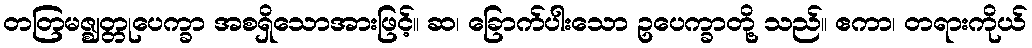
တတြမဇ္ဈတ္တုပေက္ခာ အစရှိသောအားဖြင့်။ ဆ၊ ခြောက်ပါးသော ဥပေက္ခာတို့ သည်။ ဧကာ၊ တရားကိုယ်